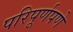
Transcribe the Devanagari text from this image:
परिपूर्णपणे